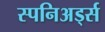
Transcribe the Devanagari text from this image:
स्पनिअर्ड्स